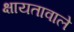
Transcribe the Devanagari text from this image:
क्षायतावाले